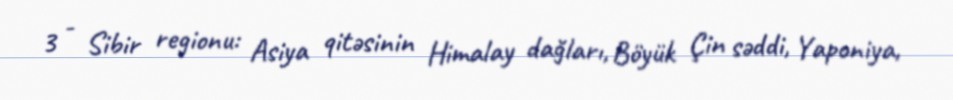
3 - Sibir regionu: Asiya qitəsinin Himalay dağları, Böyük Çin səddi, Yaponiya,